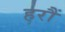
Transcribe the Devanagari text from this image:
हरौं